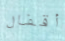
أقفال